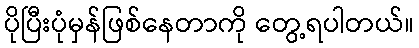
ပိုပြီးပုံမှန်ဖြစ်နေတာကို တွေ့ရပါတယ်။